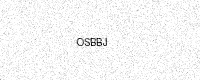
Text: OSBBJ